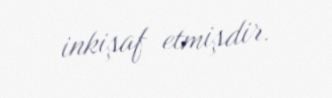
inkişaf etmişdir.